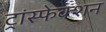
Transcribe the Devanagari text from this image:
ट्रांस्फेक्शन